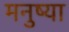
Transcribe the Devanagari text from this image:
मनुष्या